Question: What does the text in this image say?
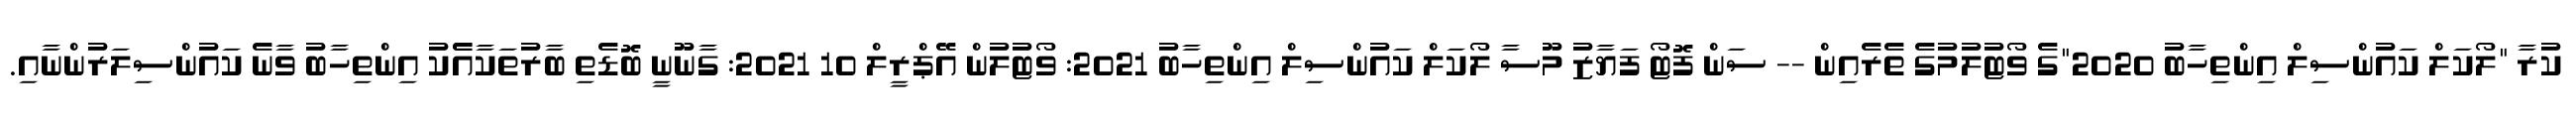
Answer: ކުރާ "ލޯކަލް ކައުންސިލް އިންތިހާބު 2020"ގެ ވޯޓުލުމުގެ ތެރެއިން -- ސަން ފޮޓޯ ފަޔާޒު މޫސާ ލޯކަލް ކައުންސިލް އިންތިހާބު 2021: ވޯޓުލުން އޭޕްރީލް 10 2021: ގާނޫނީ ބޮޑެތި ބާރުތަކާއެެކު އިންތިހާބު ވާނެ ކައުންސިލަރުންނާއި.